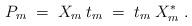
LaTeX: \begin{align*}P_m \;=\; X_m\: t_m \;=\; t_m\: X_m^* \;.\end{align*}